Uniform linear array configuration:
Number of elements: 12
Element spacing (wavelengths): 0.5
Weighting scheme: cosine
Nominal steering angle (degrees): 0
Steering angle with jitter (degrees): -0.2234
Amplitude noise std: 0.05
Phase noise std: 0.05

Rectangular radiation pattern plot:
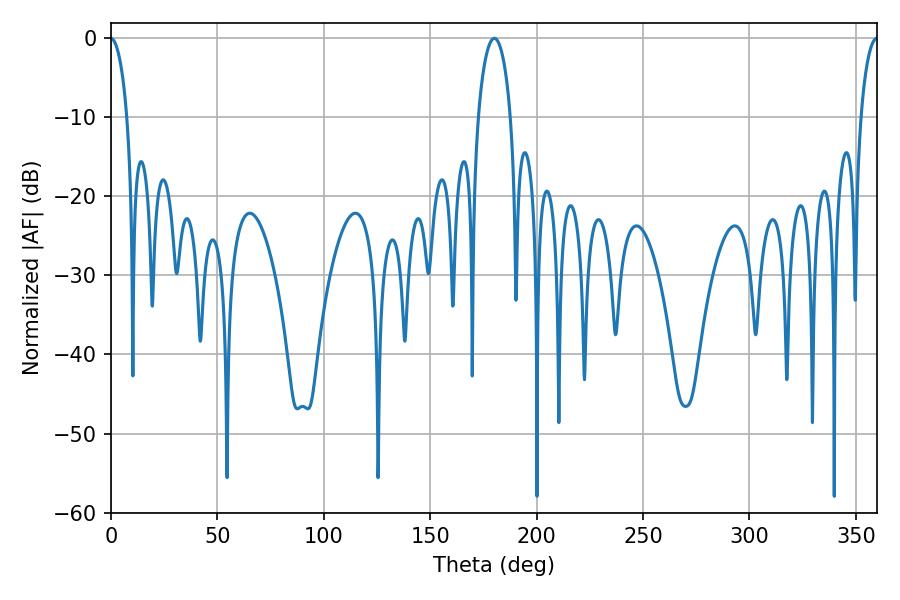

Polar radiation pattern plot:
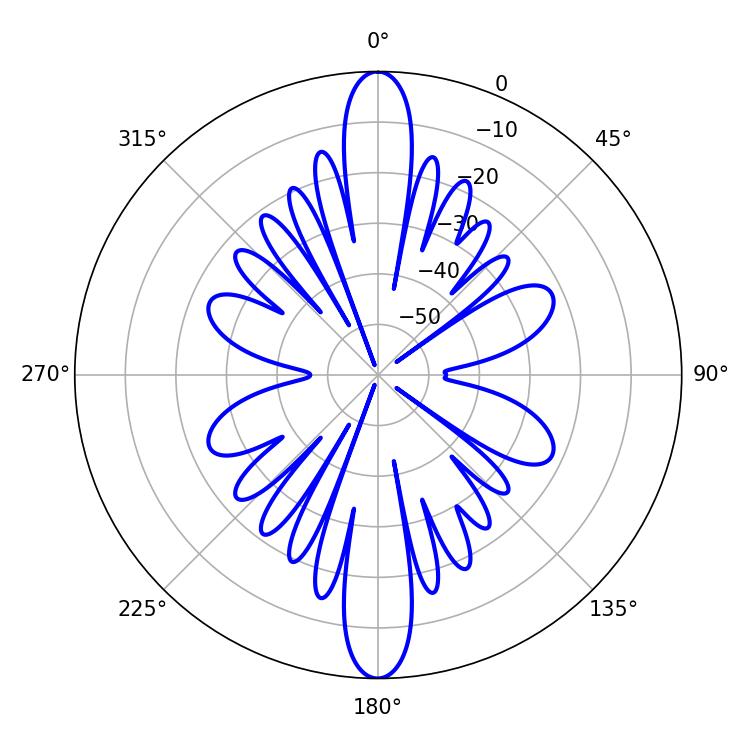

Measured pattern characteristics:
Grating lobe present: FALSE
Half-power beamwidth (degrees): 8.82
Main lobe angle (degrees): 180.18